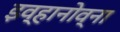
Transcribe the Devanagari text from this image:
इव्हानोव्ना